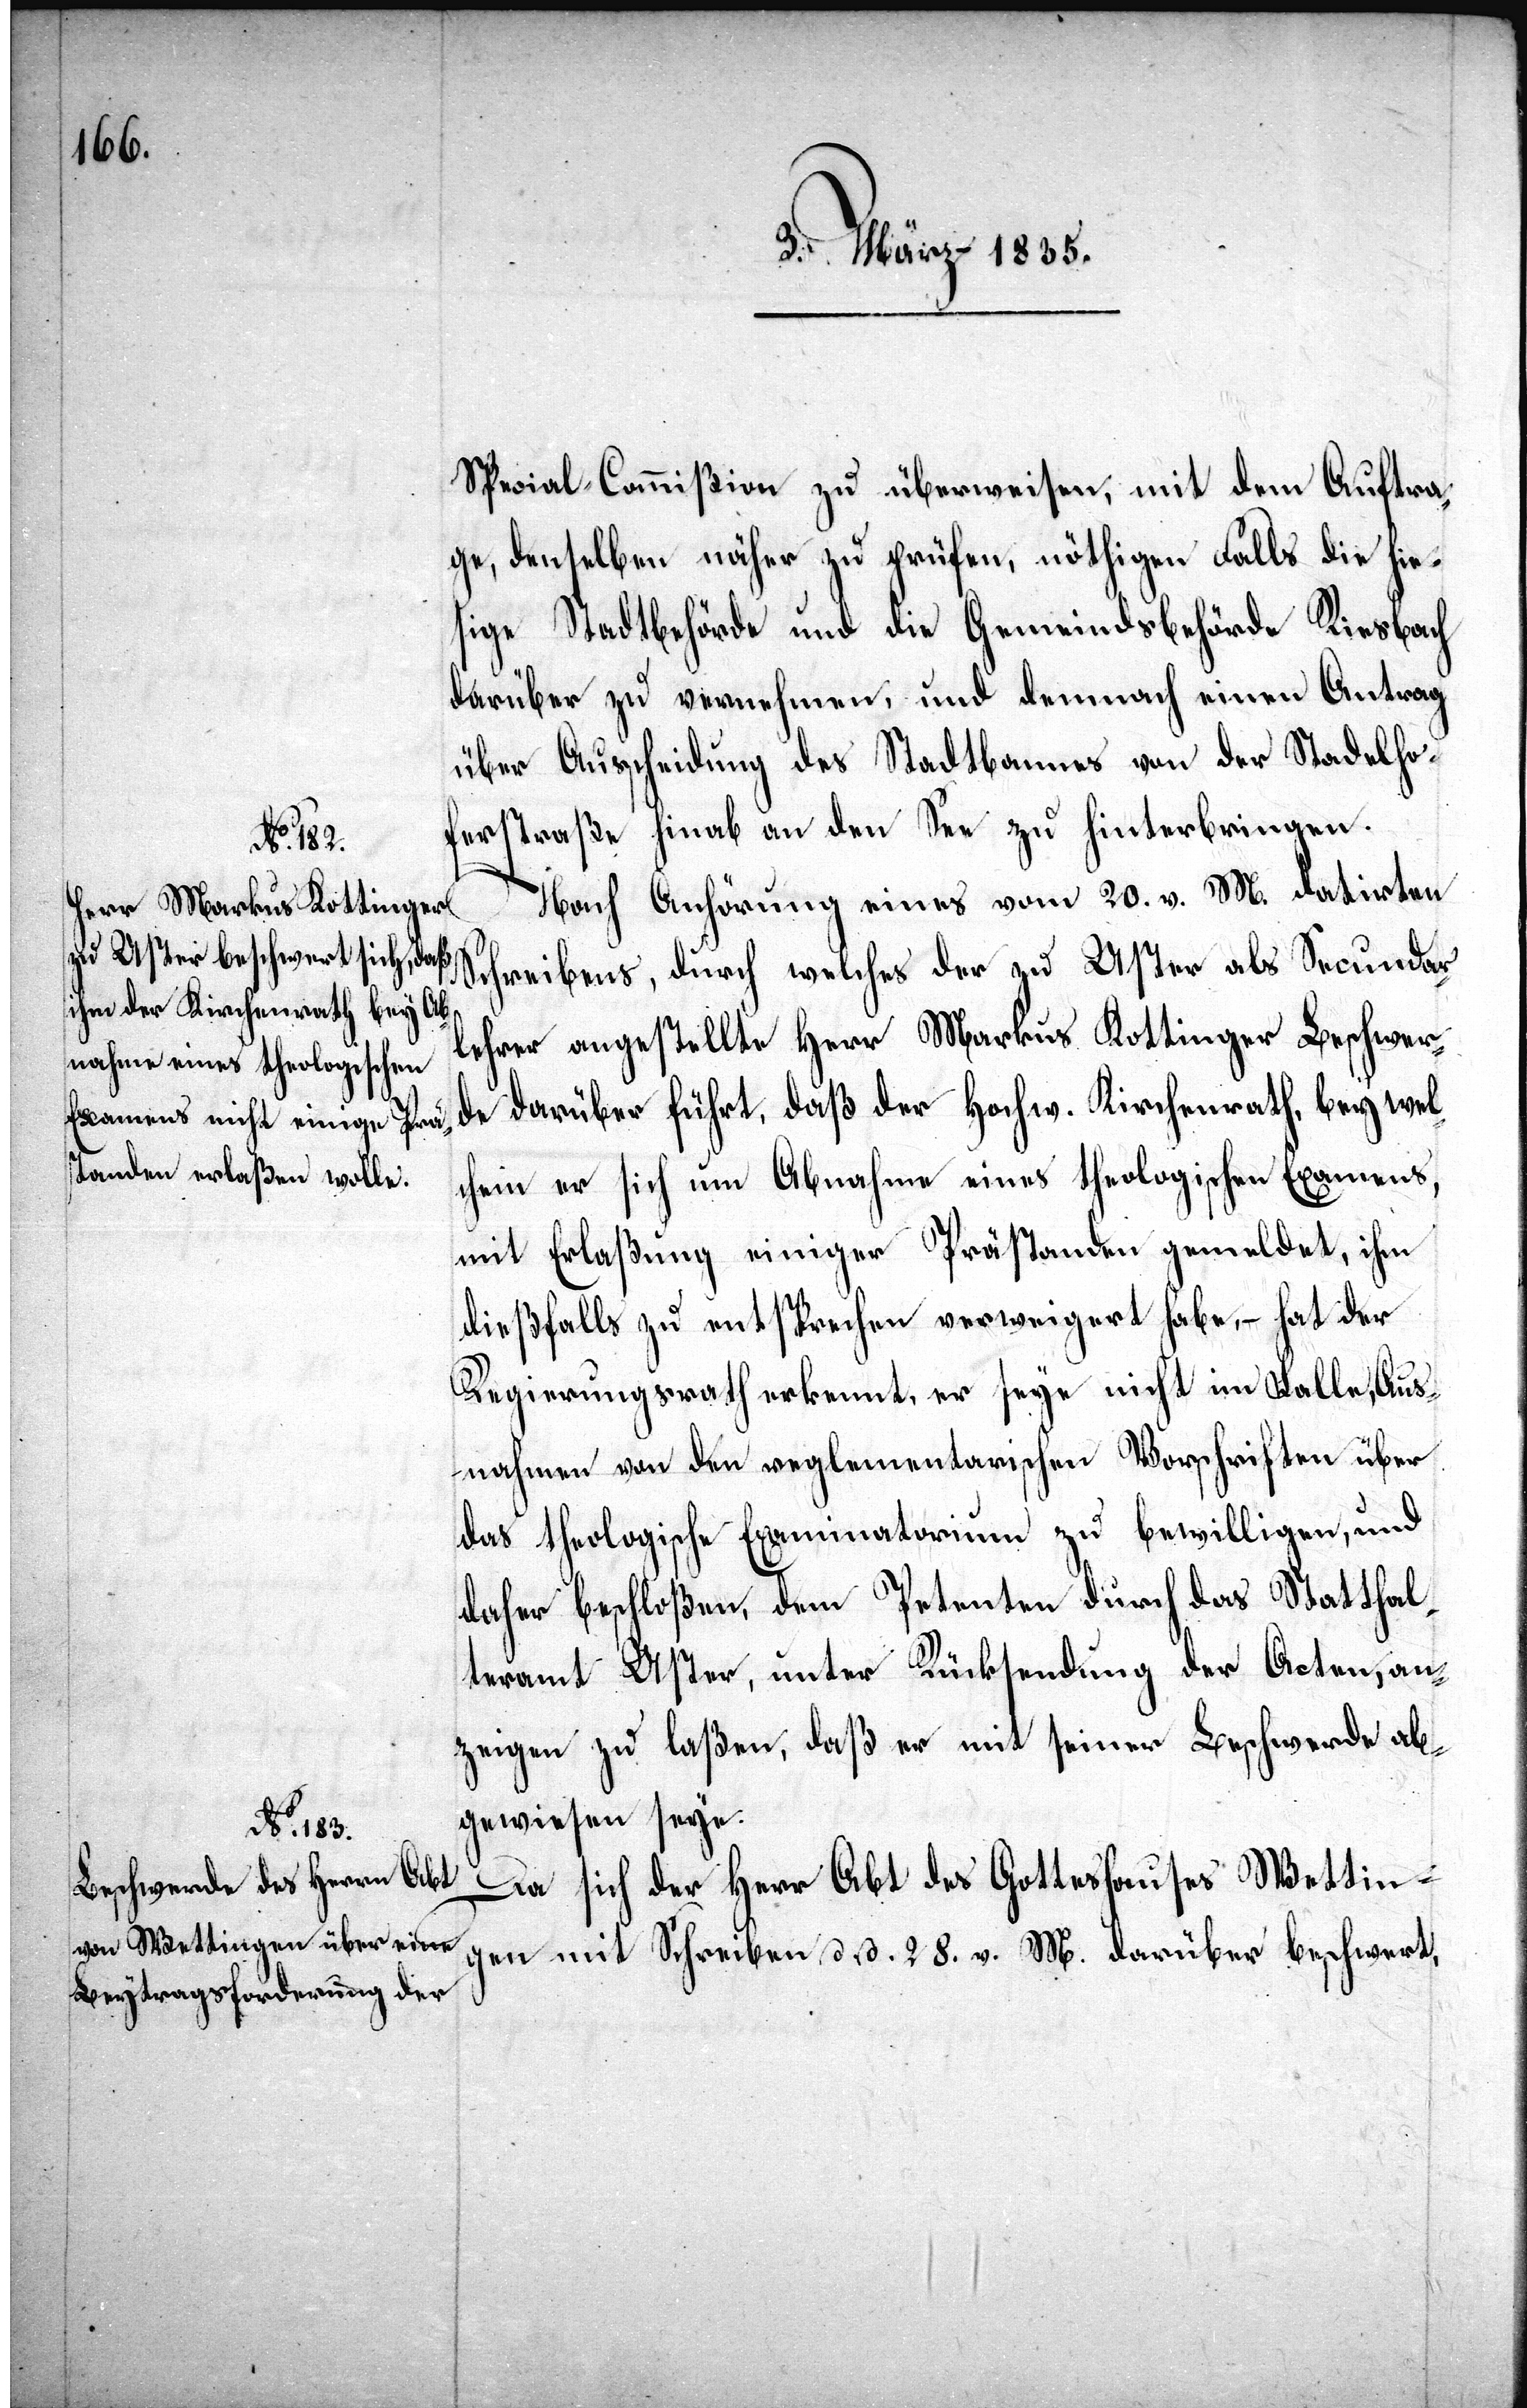
Special-Commißion zu überweisen, mit dem Auftra¬
ge, denselben näher zu prüfen, nöthigen Falls die hie¬
sige Stadtbehörde und die Gemeindsbehörde Riesbach
darüber zu vernehmen, und demnach einen Antrag
über Ausscheidung des Stadtbannes von der Stadelhof¬
erstraße hinab an den See zu hinterbringen.
Nach Anhörung eines vom 20. v. M. datirten
Schreibens, durch welches der zu Uster als Secundar¬
lehrer angestellte Herr Markus Kottinger Beschwer¬
de darüber führt, daß der Hochw. Kirchenrath, bey wel¬
chem er sich um Abnahme eines theologischen Examens,
mit Erlaßung einiger Prästanden gemeldet, ihm
dießfalls zu entsprechen verweigert habe, – hat der
Regierungsrath erkennt, er seye nicht im Falle, Aus¬
nahmen von den reglementarischen Vorschriften über
das theologische Examinatorium zu bewilligen, und
daher beschloßen, dem Petenten durch das Statthal¬
teramt Uster, unter Rücksendung der Acten, an¬
zeigen zu laßen, daß er mit seiner Beschwerde ab¬
gewiesen sey.
Da sich der Herr Abt des Gotteshauses Wettin¬
gen mit Schreiben d. d. 28. v. M. darüber beschwert,